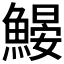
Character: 𩹽